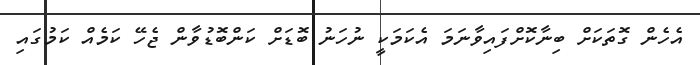
އެހެން ގޮތަކަށް ބިނާކޮށްފައިވާނަމަ އެކަމަކީ ނުހަނު ބޮޑަށް ކަންބޮޑުވާން ޖެހޭ ކަމެއް ކަމުގައި